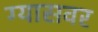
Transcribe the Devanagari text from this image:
ग्यासवर